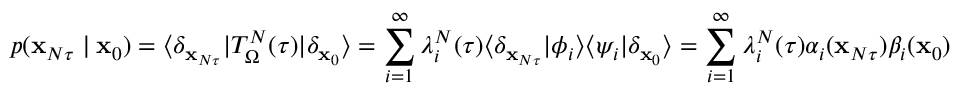
p ( \mathbf { x } _ { N \tau } \mid \mathbf { x } _ { 0 } ) = \langle \delta _ { \mathbf { x } _ { N \tau } } | T _ { \Omega } ^ { N } ( \tau ) | \delta _ { \mathbf { x } _ { 0 } } \rangle = \sum _ { i = 1 } ^ { \infty } \lambda _ { i } ^ { N } ( \tau ) \langle \delta _ { \mathbf { x } _ { N \tau } } | \phi _ { i } \rangle \langle \psi _ { i } | \delta _ { \mathbf { x } _ { 0 } } \rangle = \sum _ { i = 1 } ^ { \infty } \lambda _ { i } ^ { N } ( \tau ) \alpha _ { i } ( \mathbf { x } _ { N \tau } ) \beta _ { i } ( \mathbf { x } _ { 0 } )